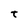
Character: t